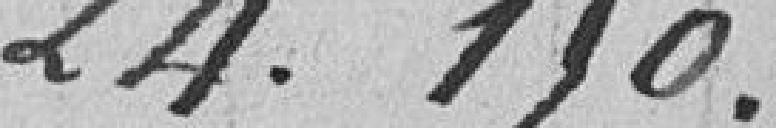
24.150